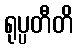
ရုပ္ပတီတိ